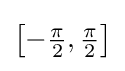
\left[-{\tfrac {\pi }{2}},{\tfrac {\pi }{2}}\right]